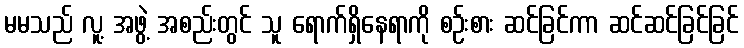
မမသည် လူ့ အဖွဲ့ အစည်းတွင် သူ ရောက်ရှိနေရာကို စဉ်းစား ဆင်ခြင်ကာ ဆင်ဆင်ခြင်ခြင်